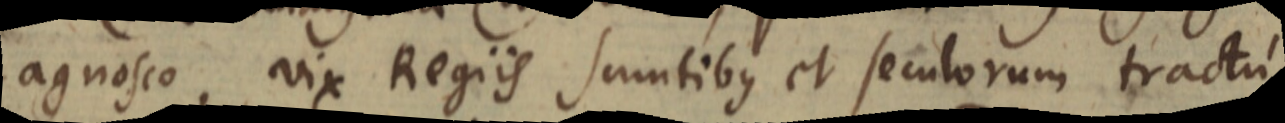
agnosco, vix Regiis sumtibus et seculorum tractu